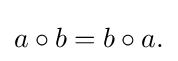
\displaystyle {a\circ b=b\circ a.}